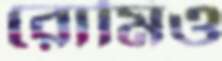
রোমিও